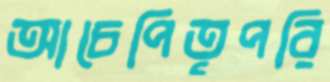
আচেপিতৃপরি